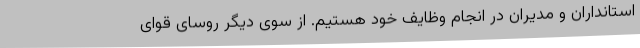
استانداران و مدیران در انجام وظایف خود هستیم. از سوی دیگر روسای قوای